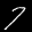
Label: 7